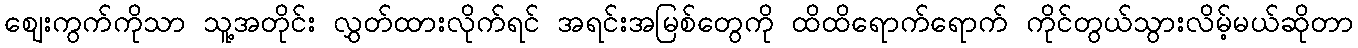
ဈေးကွက်ကိုသာ သူ့အတိုင်း လွှတ်ထားလိုက်ရင် အရင်းအမြစ်တွေကို ထိထိရောက်ရောက် ကိုင်တွယ်သွားလိမ့်မယ်ဆိုတာ